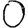
Digit: 0